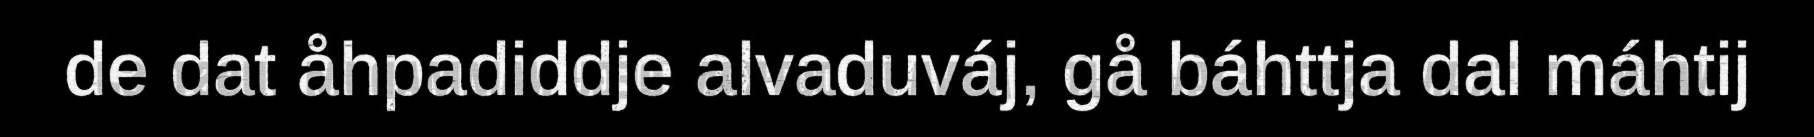
de dat åhpadiddje alvaduváj, gå báhttja dal máhtij